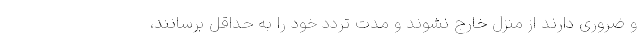
و ضروری دارند از منزل خارج نشوند و مدت تردد خود را به حداقل برسانند،